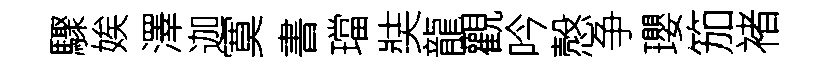
驟娭澤迦寞書璫奘龍觀吟慤争瓔笳褚